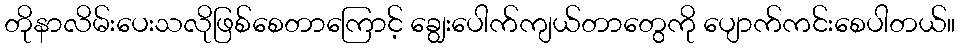
တိုနာလိမ်းပေးသလိုဖြစ်စေတာကြောင့် ချွေးပေါက်ကျယ်တာတွေကို ပျောက်ကင်းစေပါတယ်။